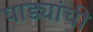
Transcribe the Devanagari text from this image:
पाड्यांची